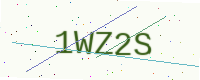
Text: 1WZ2S